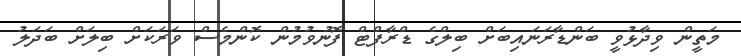
މަތީން ވިދާޅުވީ ބަންޑާރަނައިބަށް ބިލްގެ ޑްރާފްޓް ފޮނުވުމުން ކޮންމެސް ވަރަކަށް ބިލަށް ބަދަލު